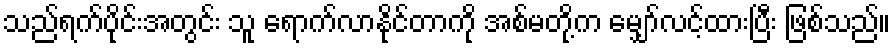
သည်ရက်ပိုင်းအတွင်း သူ ရောက်လာနိုင်တာကို အစ်မတို့က မျှော်လင့်ထားပြီး ဖြစ်သည်။